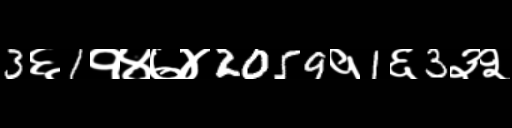
Text: 3६1१४७४2059१1६3३२